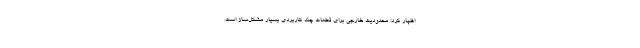
اظهار کرد: محدودیت خارجی برای قطعات چند کاربردی بسیار مشکل‌ساز است.